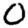
Digit: 0